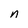
Character: n